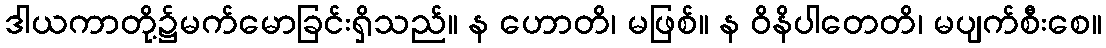
ဒါယကာတို့၌မက်မောခြင်းရှိသည်။ န ဟောတိ၊ မဖြစ်။ န ဝိနိပါတေတိ၊ မပျက်စီးစေ။